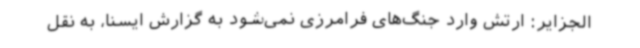
الجزایر: ارتش وارد جنگ‌های فرامرزی نمی‌شود به گزارش ایسنا، به نقل